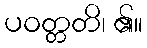
ပဝတ္တတိ၊ ၏။